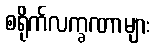
စရိုက်လက္ခဏာများ